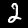
Label: 2